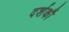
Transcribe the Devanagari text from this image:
दर्शकौं